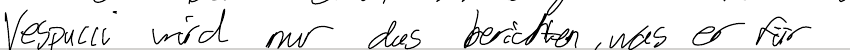
Vespucci wird nur das berichten, was er für